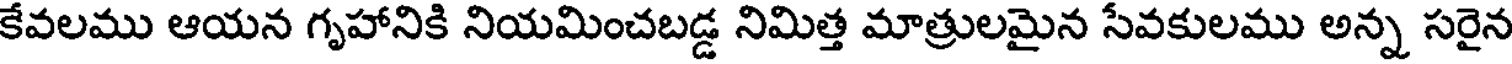
కేవలము ఆయన గృహానికి నియమించబడ్డ నిమిత్త మాత్రులమైన సేవకులము అన్న సరైన